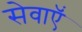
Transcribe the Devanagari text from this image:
सेवाएॅं